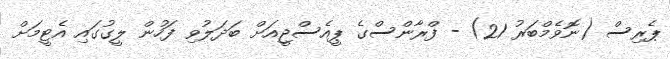
ޕެރިސް (ނޮވެމްބަރު 21) - ފްރާންސްގެ ޕީއެސްޖީއަށް ބަދަލުވި ފަހުން ލީގުގައި އެޓީމަށް